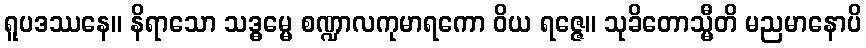
ရူပဒဿနေ။ နိရာသော သဒ္ဓမ္မေ စဏ္ဍာလကုမာရကော ဝိယ ရဇ္ဇေ။ သုခိတောသ္မီတိ မညမာနောပိ